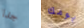
جدا يومك